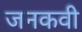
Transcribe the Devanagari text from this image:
जनकवी